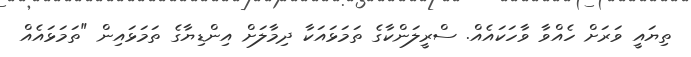
ތިޔައީ ވަރަށް ހެއްވާ ވާހަކައެއް. ސްރީލަންކާގެ ތަމަޅައަކާ ދިމާލަށް އިންޑިޔާގެ ތަމަޅައިން "ތަމަޅައެއް